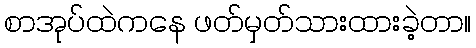
စာအုပ်ထဲကနေ ဖတ်မှတ်သားထားခဲ့တာ။